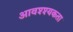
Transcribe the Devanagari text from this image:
आवश्श्यकता